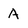
Character: A